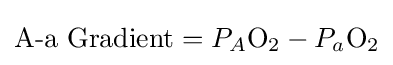
{\text{A-a Gradient}}=P_{A}{\mathrm {O} {\vphantom {A}}_{\smash[{t}]{2}}}-P_{a}{\mathrm {O} {\vphantom {A}}_{\smash[{t}]{2}}}